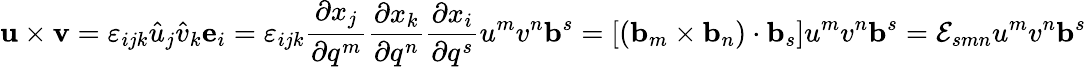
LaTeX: \mathbf{u}\times\mathbf{v}=\varepsilon_{ijk}{\hat{u}}_{j}{\hat{v}}_{k}\mathbf{e}_{i}=\varepsilon_{ijk}{\frac{\partial x_{j}}{\partial q^{m}}}{\frac{\partial x_{k}}{\partial q^{n}}}{\frac{\partial x_{i}}{\partial q^{s}}}u^{m}v^{n}\mathbf{b}^{s}=[(\mathbf{b}_{m}\times\mathbf{b}_{n})\cdot\mathbf{b}_{s}]u^{m}v^{n}\mathbf{b}^{s}={\mathcal{E}}_{smn}u^{m}v^{n}\mathbf{b}^{s}